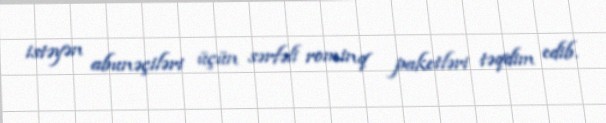
istəyən abunəçiləri üçün sərfəli rominq paketləri təqdim edib.